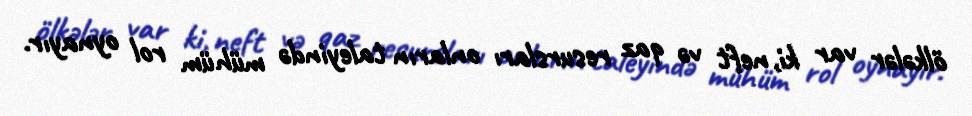
ölkələr var ki, neft və qaz resursları onların taleyində mühüm rol oynayır.